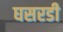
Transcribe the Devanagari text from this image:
घसरडी